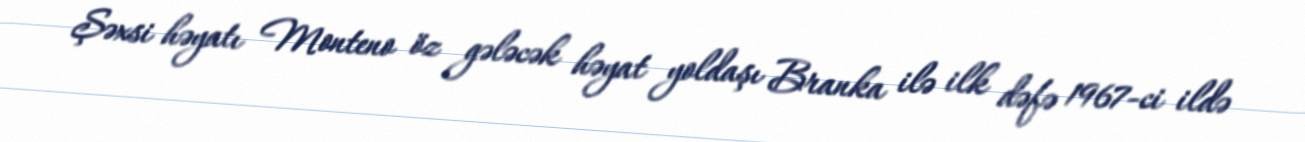
Şəxsi həyatı Monteno öz gələcək həyat yoldaşı Branka ilə ilk dəfə 1967-ci ildə